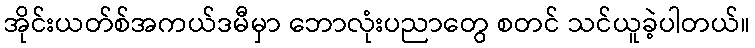
အိုင်းယတ်စ်အကယ်ဒမီမှာ ဘောလုံးပညာတွေ စတင် သင်ယူခဲ့ပါတယ်။